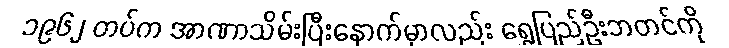
၁၉၆၂ တပ်က အာဏာသိမ်းပြီးနောက်မှာလည်း ရွှေပြည်ဦးဘတင်ကို